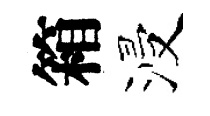
箱浸